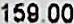
159.00